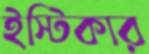
ইস্টিকার